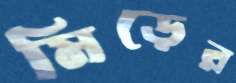
মিড়ের